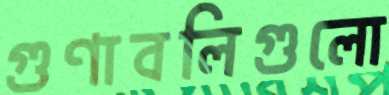
গুণাবলিগুলো